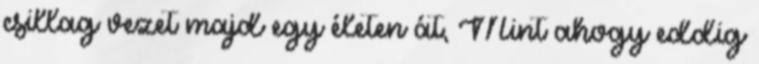
csillag vezet majd egy életen át, Mint ahogy eddig